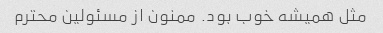
مثل همیشه خوب بود. ممنون از مسئولین محترم